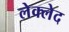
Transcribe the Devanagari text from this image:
लेक्लेद